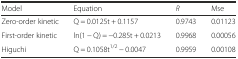
| Model | Equation | R | Mse |
 | --- | --- | --- | --- |
 | Zero-order kinetic | Q = 0.0125t + 0.1157 | 0.9743 | 0.01123 |
 | First-order kinetic | ln(1 − Q) = −0.285t + 0.0213 | 0.9968 | 0.00056 |
 | Higuchi | Q = 0.1058t1/2 − 0.0047 | 0.9959 | 0.00108 |